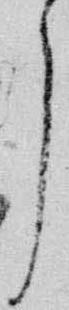
了